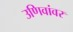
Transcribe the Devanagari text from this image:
उणिवांवर